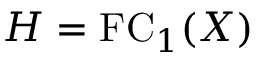
H = \mathrm { F C } _ { 1 } ( X )